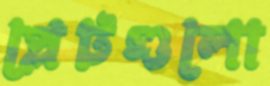
প্লেটগুলো